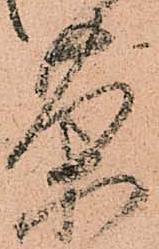
茶